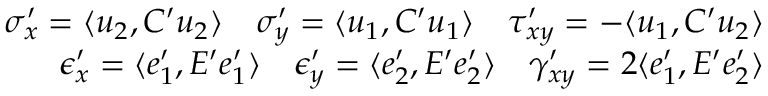
\begin{array} { r } { \sigma _ { x } ^ { \prime } = \langle u _ { 2 } , C ^ { \prime } u _ { 2 } \rangle \quad \sigma _ { y } ^ { \prime } = \langle u _ { 1 } , C ^ { \prime } u _ { 1 } \rangle \quad \tau _ { x y } ^ { \prime } = - \langle u _ { 1 } , C ^ { \prime } u _ { 2 } \rangle } \\ { \epsilon _ { x } ^ { \prime } = \langle e _ { 1 } ^ { \prime } , E ^ { \prime } e _ { 1 } ^ { \prime } \rangle \quad \epsilon _ { y } ^ { \prime } = \langle e _ { 2 } ^ { \prime } , E ^ { \prime } e _ { 2 } ^ { \prime } \rangle \quad \gamma _ { x y } ^ { \prime } = 2 \langle e _ { 1 } ^ { \prime } , E ^ { \prime } e _ { 2 } ^ { \prime } \rangle } \end{array}